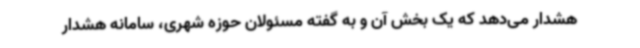
هشدار می‌دهد که یک بخش آن و به گفته مسئولان حوزه شهری، سامانه هشدار